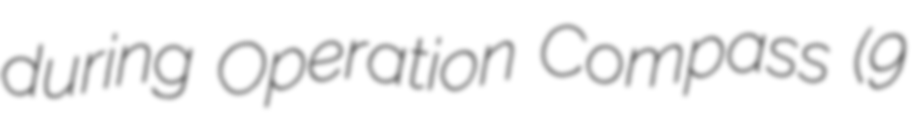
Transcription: during Operation Compass (9